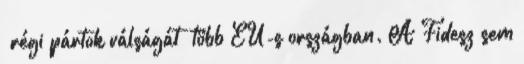
„régi pártok válságát” több EU-s országban. A Fidesz sem